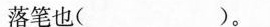
落笔也( )。